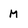
Character: M